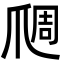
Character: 𬋬